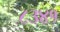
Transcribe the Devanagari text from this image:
८३४१